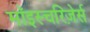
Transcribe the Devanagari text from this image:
मॉइस्चरिज़ेर्स